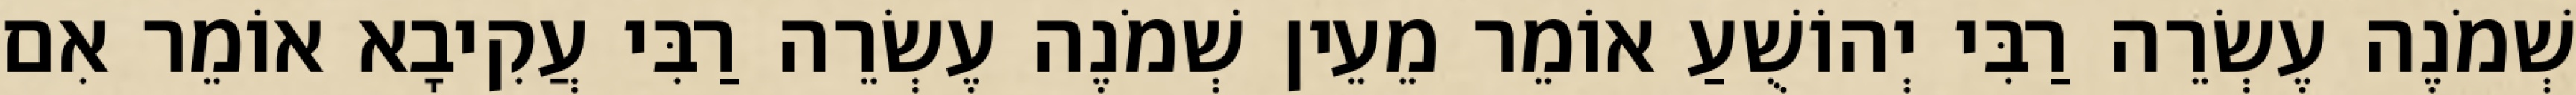
שְׁמֹנֶה עֶשְׂרֵה רַבִּי יְהוֹשֻׁעַ אוֹמֵר מֵעֵין שְׁמֹנֶה עֶשְׂרֵה רַבִּי עֲקִיבָא אוֹמֵר אִם